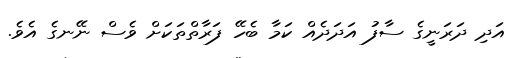
އަދި ދަރަނީގެ ސާފު އަދަދެއް ކަމާ ބެހޭ ފަރާތްތަކަށް ވެސް ނޭނގެ އެވެ.